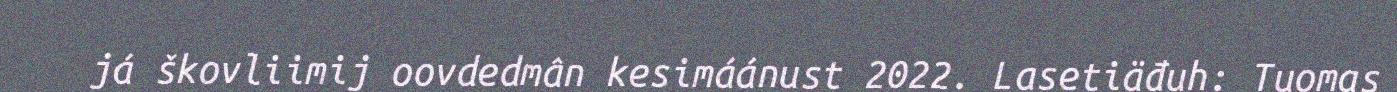
já škovliimij oovdedmân kesimáánust 2022. Lasetiäđuh: Tuomas